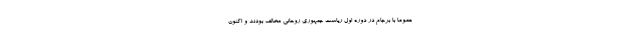
عموما با برجام در دوره اول ریاست جمهوری روحانی مخالف بودند و اکنون